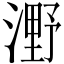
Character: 𣼫